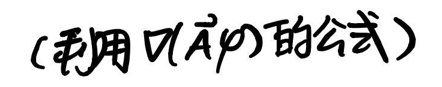
(利用\(\rho(\vec{A} \rho)\)的公式)